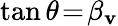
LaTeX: \tan{\theta}\! =\! \beta_{\mathbf{v}}